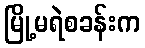
မြို့မရဲစခန်းက